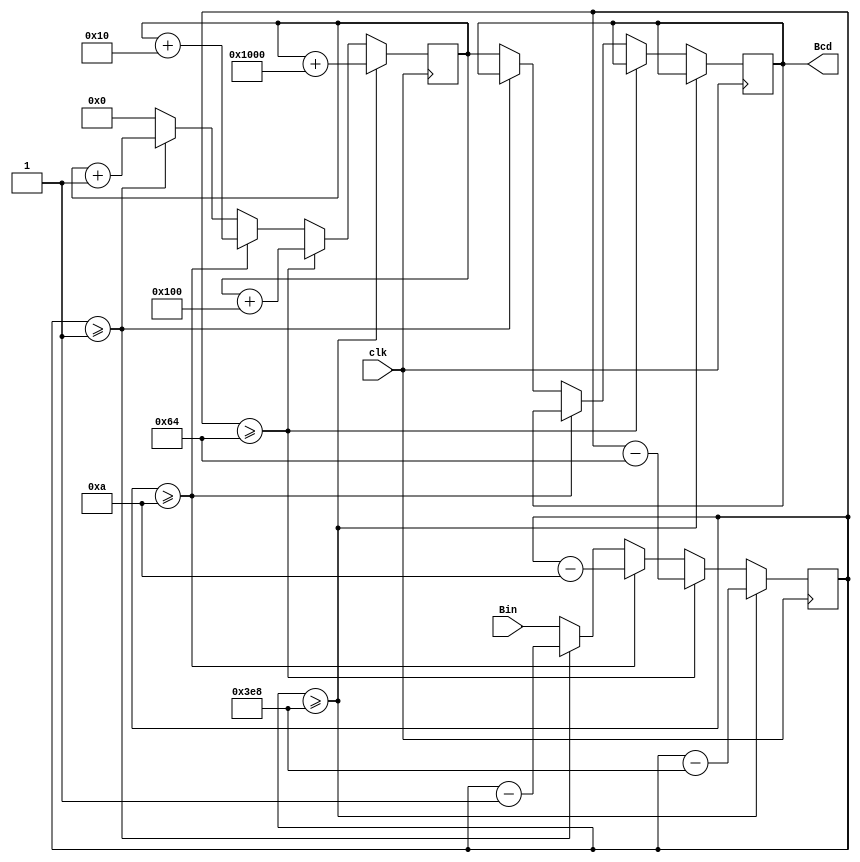


module Bin2Bcd(
	input clk,
	input [13:0] Bin,//0~9999
	output reg [15:0] Bcd
);
	reg [13:0] BinTemp;
	reg [15:0] BcdTemp;

always@(posedge clk) begin
	/*if (BinTemp >= 17'd10000) begin  //0~99_999
		BinTemp <= BinTemp - 17'd10000;
		BcdTemp <= BcdTemp + 20'h10000;
	end
	else */if (BinTemp >= 14'd1000) begin  //0~9_999
		BinTemp <= BinTemp - 14'd1000;
		BcdTemp <= BcdTemp + 16'h1000;
	end
	else if (BinTemp >= 10'd100) begin  //0~999
		BinTemp <= BinTemp - 10'd100;
		BcdTemp <= BcdTemp + 12'h100;
	end
	else
	if (BinTemp >= 7'd10) begin
		BinTemp <= BinTemp - 7'd10;
		BcdTemp <= BcdTemp + 8'h10;
	end
	else if (BinTemp >= 7'd1) begin
		BinTemp <= BinTemp - 7'd1;
		BcdTemp <= BcdTemp + 8'h01;
	end
	else begin
		BinTemp <= Bin;
		BcdTemp <= 8'b0;
		Bcd <= BcdTemp;
	end
end 
endmodule 

module Bcd2Seg(
	input clk,
	input [3:0] Bcd,
	output reg [6:0] Seg
);
always @(posedge clk) begin
	Seg <= 
		(Bcd == 4'd0)?7'h3F:
		(Bcd == 4'd1)?7'h06:
		(Bcd == 4'd2)?7'h5B:
		(Bcd == 4'd3)?7'h4F:
		(Bcd == 4'd4)?7'h66:
		(Bcd == 4'd5)?7'h6D:
		(Bcd == 4'd6)?7'h7D:
		(Bcd == 4'd7)?7'h07:
		(Bcd == 4'd8)?7'h7F:
		(Bcd == 4'd9)?7'h6F:7'h00;

end 
endmodule